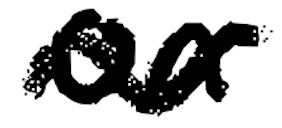
Text: on
Cross-out: wave
Writing tool: digital_black